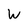
Character: W